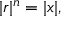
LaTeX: | r | ^ { n } = | x | ,